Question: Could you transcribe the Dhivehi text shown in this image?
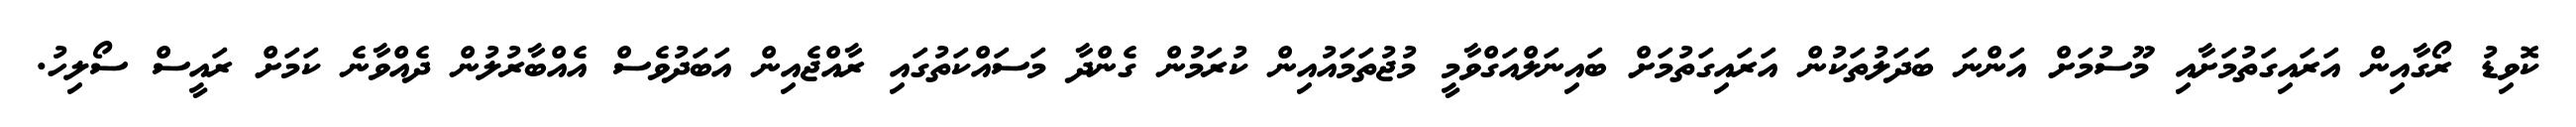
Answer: ކޮވިޑު ރޯގާއިން އަރައިގަތުމަށާއި މޫސުމަށް އަންނަ ބަދަލުތަކުން އަރައިގަތުމަށް ބައިނަލްއަގްވާމީ މުޖުތަމައުއިން ކުރަމުން ގެންދާ މަސައްކަތުގައި ރާއްޖެއިން އަބަދުވެސް އެއްބާރުލުން ދެއްވާނެ ކަމަށް ރައީސް ސޯލިހު.